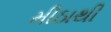
મીઠાથી